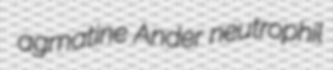
agmatine Ander neutrophil